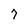
Character: 7